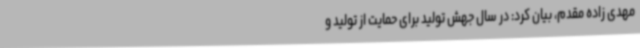
مهدی زاده مقدم، بیان کرد: در سال جهش تولید برای حمایت از تولید و